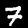
Digit: 7